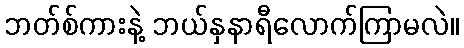
ဘတ်စ်ကားနဲ့ ဘယ်နှနာရီလောက်ကြာမလဲ။